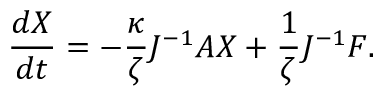
\frac { d X } { d t } = - \frac { \kappa } { \zeta } J ^ { - 1 } A X + \frac { 1 } { \zeta } J ^ { - 1 } F .